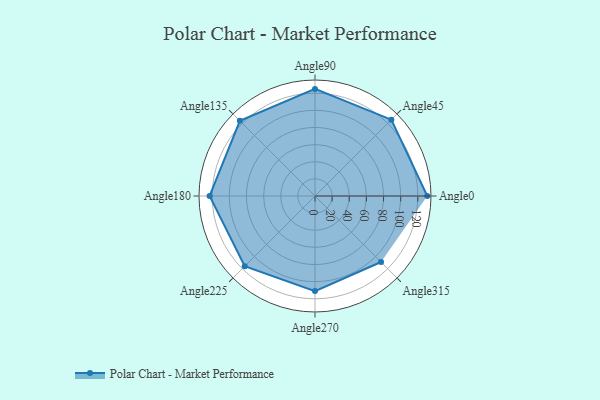
{"axis": {"x": "Angle", "y": "Radius"}, "legend": [""], "data": [{"x": "Angle0", "y": 131.0, "type": ""}, {"x": "Angle45", "y": 126.0, "type": ""}, {"x": "Angle90", "y": 125.0, "type": ""}, {"x": "Angle135", "y": 124.0, "type": ""}, {"x": "Angle180", "y": 123.0, "type": ""}, {"x": "Angle225", "y": 116.0, "type": ""}, {"x": "Angle270", "y": 111.0, "type": ""}, {"x": "Angle315", "y": 109.0, "type": ""}]}